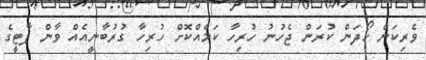
ވެރިކަން ހޯދަން ކުރަން ޖެހުނު ހުރިހާ ކަމެއްކޮށް ހުރިހާ ގުރުބާނީއެއް ވާން ޕާޓީގެ